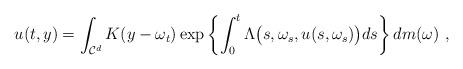
LaTeX: \begin{align*} u(t,y) = \int_{\mathcal C^d} K(y- \omega_t)\exp \left \{\int_0^t\Lambda \big (s,\omega_s,u(s,\omega_s) \big ) ds\right \} dm(\omega) \ ,\end{align*}